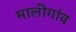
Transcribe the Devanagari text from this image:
मालीगांव